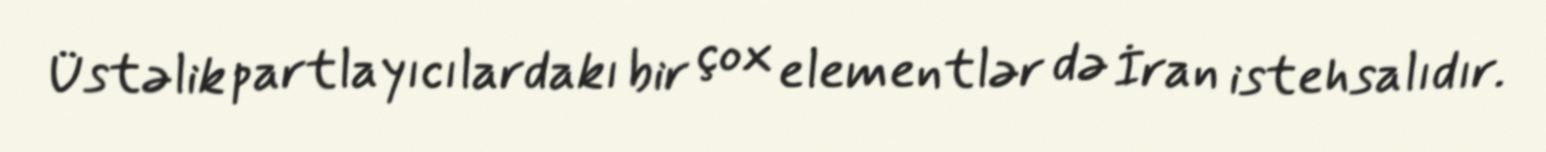
Üstəlik partlayıcılardakı bir çox elementlər də İran istehsalıdır.